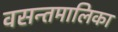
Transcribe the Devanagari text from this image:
वसन्तमालिका